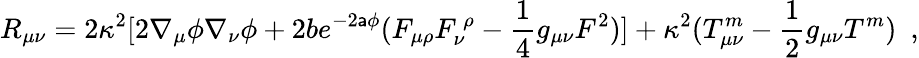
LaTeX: R_{\mu\nu}=2\kappa^{2}\lbrack2\nabla_{\mu}\phi\nabla_{\nu}\phi+2be^{-2\mathsf{a}\phi}(F_{\mu\rho}F_{\nu}^{~\rho}-\frac{{1}}{{4}}g_{\mu\nu}F^{2})\rbrack+\kappa^{2}(T_{\mu\nu}^{m}-\frac{{1}}{{2}}g_{\mu\nu}T^{m})~~,